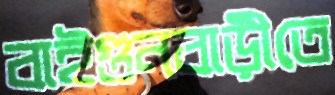
বাইগুনবাড়ীতে